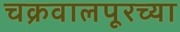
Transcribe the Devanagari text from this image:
चक्रवालपूरच्या